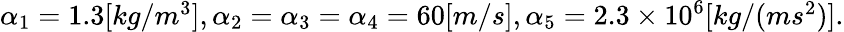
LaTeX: \begin{array}{r}{\alpha_{1}=1.3[kg/m^{3}],\alpha_{2}=\alpha_{3}=\alpha_{4}=60[m/s],\alpha_{5}=2.3\times 10^{6}[kg/(ms^{2})].}\end{array}